Juri_Uluots, lk 64
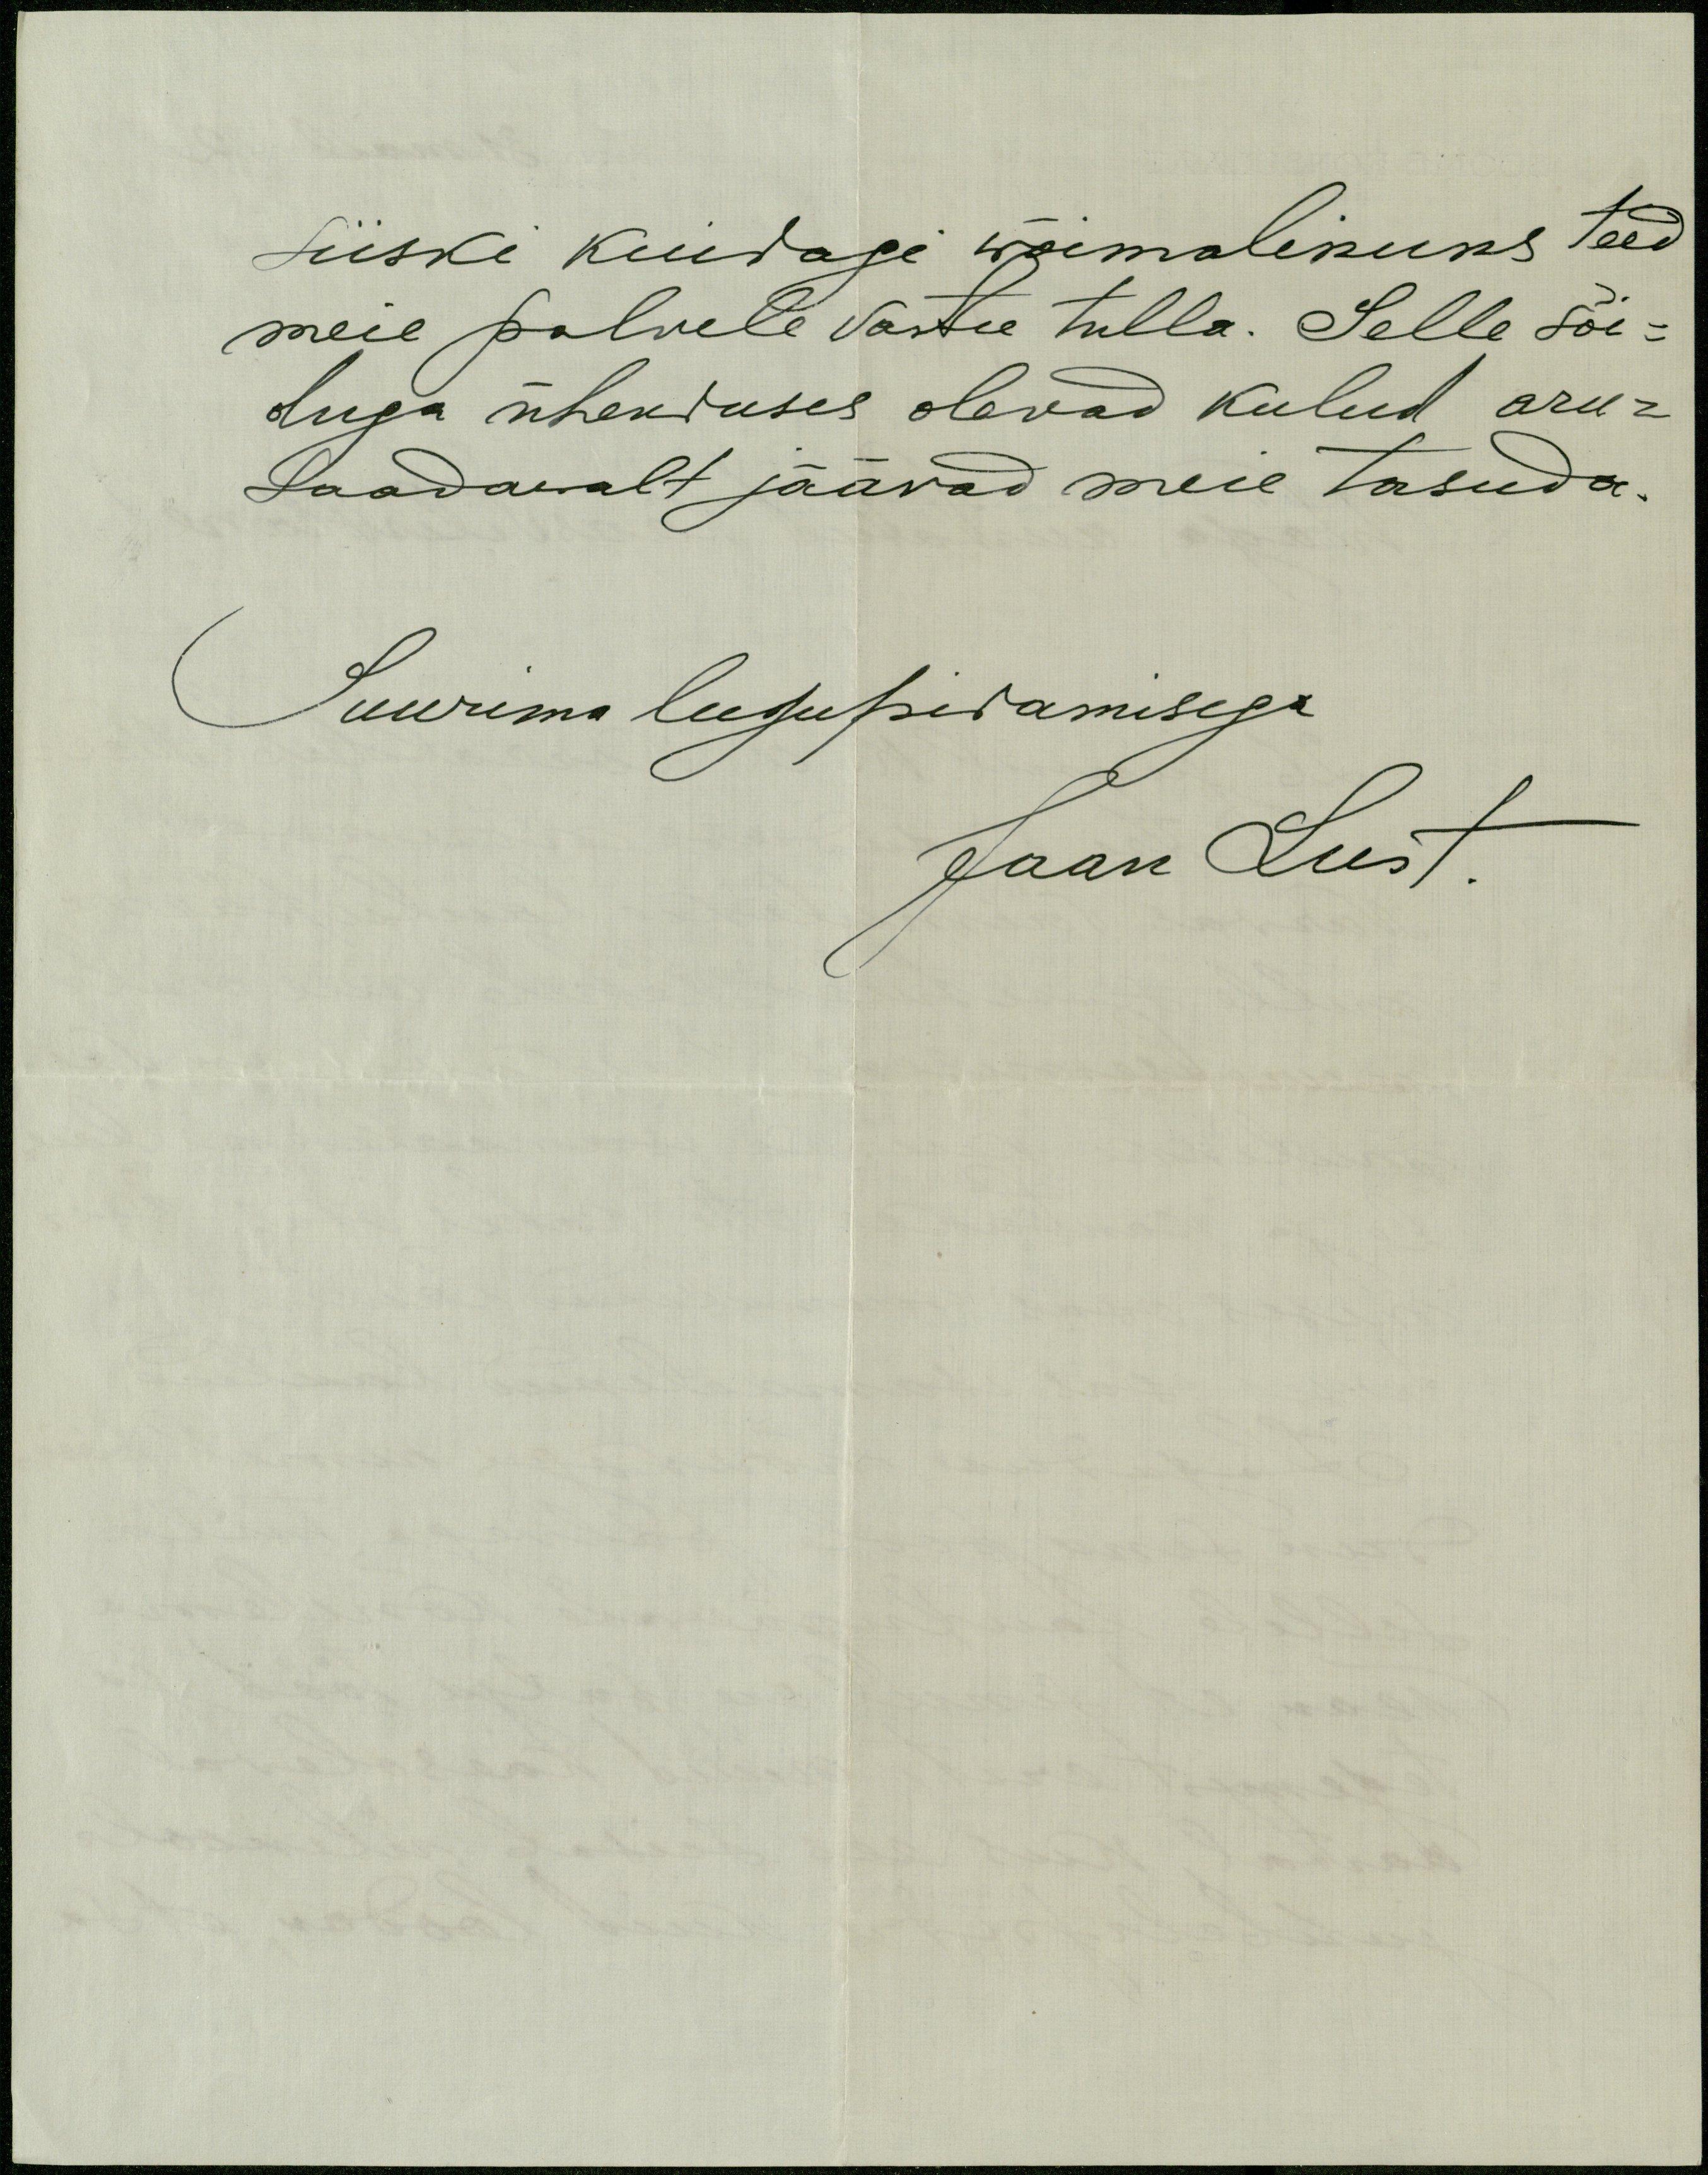
siiski kuidagi wõimalikuks teed
meie palvele vastu tulla. Selle sõi-
duga ühenduses olevad kulud aru-
saadawalt jäävad meie tasuda.
Suurima lugupidamisega
Jaan Lust.